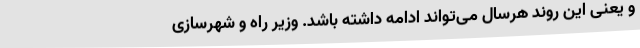
و یعنی این روند هرسال می‌تواند ادامه داشته باشد. وزیر راه و شهرسازی